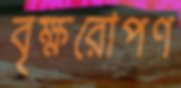
বৃক্ষরোপণ